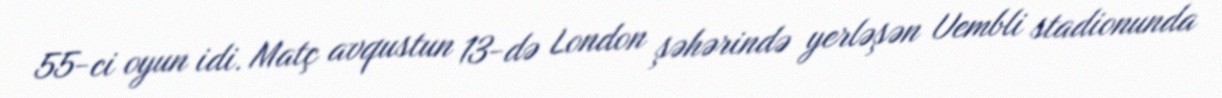
55-ci oyun idi. Matç avqustun 13-də London şəhərində yerləşən Uembli stadionunda